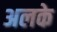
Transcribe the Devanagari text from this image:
अलके